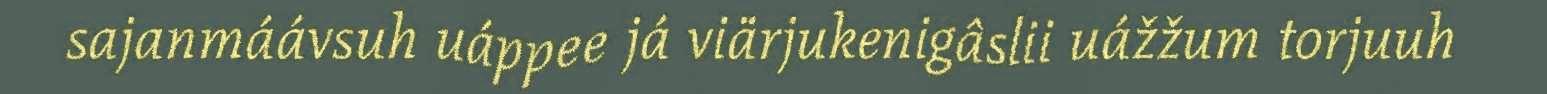
sajanmáávsuh uáppee já viärjukenigâslii uážžum torjuuh